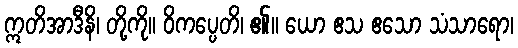
ဣတိအာဒီနိ၊ တို့ကို။ ဝိကပ္ပေတိ၊ ၏။ ယော ဧသ ဧသော သံသာရော၊